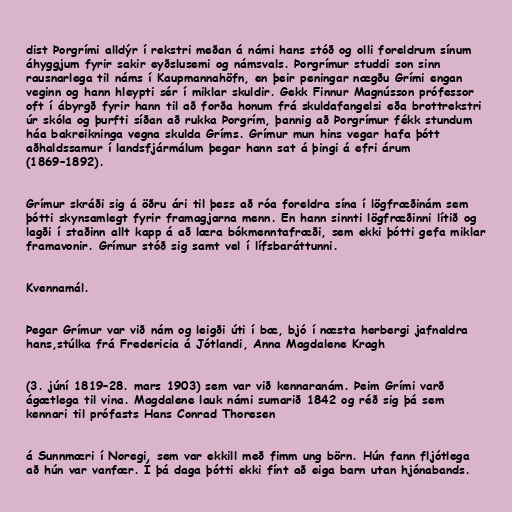
dist Þorgrími alldýr í rekstri meðan á námi hans stóð og olli foreldrum sínum
áhyggjum fyrir sakir eyðslusemi og námsvals. Þorgrímur studdi son sinn
rausnarlega til náms í Kaupmannahöfn, en þeir peningar nægðu Grími engan
veginn og hann hleypti sér í miklar skuldir. Gekk Finnur Magnússon prófessor
oft í ábyrgð fyrir hann til að forða honum frá skuldafangelsi eða brottrekstri
úr skóla og þurfti síðan að rukka Þorgrím, þannig að Þorgrímur fékk stundum
háa bakreikninga vegna skulda Gríms. Grímur mun hins vegar hafa þótt
aðhaldssamur í landsfjármálum þegar hann sat á þingi á efri árum
(1869–1892).

Grímur skráði sig á öðru ári til þess að róa foreldra sína í lögfræðinám sem
þótti skynsamlegt fyrir framagjarna menn. En hann sinnti lögfræðinni lítið og
lagði í staðinn allt kapp á að læra bókmenntafræði, sem ekki þótti gefa miklar
framavonir. Grímur stóð sig samt vel í lífsbaráttunni.

Kvennamál.

Þegar Grímur var við nám og leigði úti í bæ, bjó í næsta herbergi jafnaldra
hans,stúlka frá Fredericia á Jótlandi, Anna Magdalene Kragh

(3. júní 1819–28. mars 1903) sem var við kennaranám. Þeim Grími varð
ágætlega til vina. Magdalene lauk námi sumarið 1842 og réð sig þá sem
kennari til prófasts Hans Conrad Thoresen

á Sunnmæri í Noregi, sem var ekkill með fimm ung börn. Hún fann fljótlega
að hún var vanfær. Í þá daga þótti ekki fínt að eiga barn utan hjónabands.